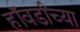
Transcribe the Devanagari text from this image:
हॉवर्डांच्या